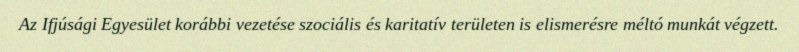
Az Ifjúsági Egyesület korábbi vezetése szociális és karitatív területen is elismerésre méltó munkát végzett.